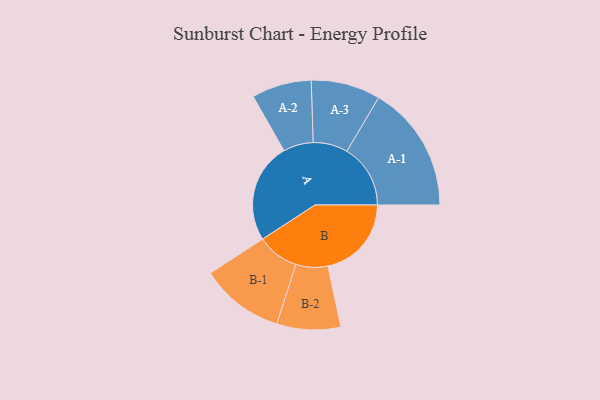
{"axis": {"x": "Segment", "y": "Value"}, "legend": ["", "A", "B"], "data": [{"x": "A", "y": 401, "type": ""}, {"x": "B", "y": 335, "type": ""}, {"x": "A-1", "y": 255, "type": "A"}, {"x": "A-2", "y": 120, "type": "A"}, {"x": "A-3", "y": 139, "type": "A"}, {"x": "B-1", "y": 168, "type": "B"}, {"x": "B-2", "y": 128, "type": "B"}]}